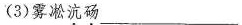
(3)雾凇沆砀_